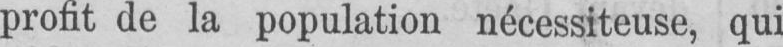
profit de la population nécessiteuse, qui